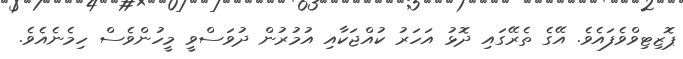
ޕޮޒިޓިވްވެފައެވެ. އޭގެ ތެރޭގައި ދޮޅު އަހަރު ކުއްޖަކާއި އުމުރުން ދުވަސްވީ މީހުންވެސް ހިމެނެއެވެ.